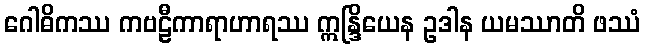
ဂေါဓိကဿ ကဗဠီကာရာဟာရဿ ဣန္ဒြိယေန ဥဒါန ယမဿာတိ ဖဿံ